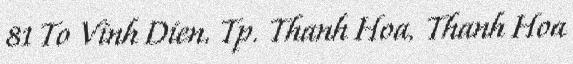
81 To Vinh Dien, Tp. Thanh Hoa, Thanh Hoa